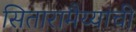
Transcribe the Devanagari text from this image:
सितारामैय्यांची